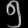
Digit: ၅